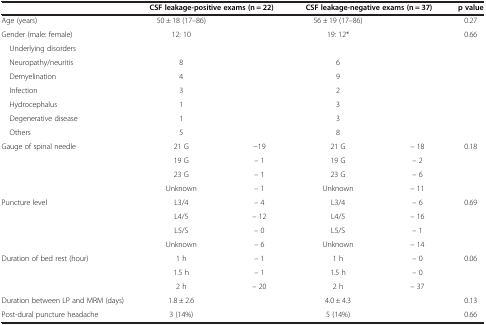
<table><thead><tr><td><b> </b></td><td colspan="2"><b>CSF leakage-positive exams (n = 22)</b></td><td colspan="2"><b>CSF leakage-negative exams (n = 37)</b></td><td><b>p value</b></td></tr></thead><tbody><tr><td>Age (years)</td><td>50 ± 18 (17–86)</td><td> </td><td>56 ± 19 (17–86)</td><td> </td><td>0.27</td></tr><tr><td>Gender (male: female)</td><td>12: 10</td><td> </td><td>19: 12*</td><td> </td><td>0.66</td></tr><tr><td> Underlying disorders</td><td> </td><td> </td><td> </td><td> </td><td> </td></tr><tr><td> Neuropathy/neuritis</td><td>8</td><td> </td><td>6</td><td> </td><td> </td></tr><tr><td> Demyelination</td><td>4</td><td> </td><td>9</td><td> </td><td> </td></tr><tr><td> Infection</td><td>3</td><td> </td><td>2</td><td> </td><td> </td></tr><tr><td> Hydrocephalus</td><td>1</td><td> </td><td>3</td><td> </td><td> </td></tr><tr><td> Degenerative disease</td><td>1</td><td> </td><td>3</td><td> </td><td> </td></tr><tr><td> Others</td><td>5</td><td> </td><td>8</td><td> </td><td> </td></tr><tr><td rowspan="4">Gauge of spinal needle</td><td>21 G</td><td>-19</td><td>21 G</td><td>– 18</td><td>0.18</td></tr><tr><td>19 G</td><td>– 1</td><td>19 G</td><td>– 2</td><td> </td></tr><tr><td>23 G</td><td>– 1</td><td>23 G</td><td>– 6</td><td> </td></tr><tr><td>Unknown</td><td>– 1</td><td>Unknown</td><td>– 11</td><td> </td></tr><tr><td rowspan="4">Puncture level</td><td>L3/4</td><td>– 4</td><td>L3/4</td><td>– 6</td><td>0.69</td></tr><tr><td>L4/5</td><td>– 12</td><td>L4/5</td><td>– 16</td><td> </td></tr><tr><td>L5/S</td><td>– 0</td><td>L5/S</td><td>– 1</td><td> </td></tr><tr><td>Unknown</td><td>– 6</td><td>Unknown</td><td>– 14</td><td> </td></tr><tr><td rowspan="3">Duration of bed rest (hour)</td><td>1 h</td><td>– 1</td><td>1 h</td><td>– 0</td><td>0.06</td></tr><tr><td>1.5 h</td><td>– 1</td><td>1.5 h</td><td>– 0</td><td> </td></tr><tr><td>2 h</td><td>– 20</td><td>2 h</td><td>– 37</td><td> </td></tr><tr><td>Duration between LP and MRM (days)</td><td>1.8 ± 2.6</td><td> </td><td>4.0 ± 4.3</td><td> </td><td>0.13</td></tr><tr><td>Post-dural puncture headache</td><td>3 (14%)</td><td> </td><td>5 (14%)</td><td> </td><td>0.66</td></tr></tbody></table>